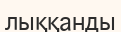
лыққанды